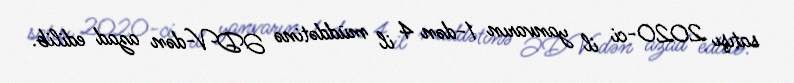
satışı 2020-ci il yanvarın 1-dən 4 il müddətinə ƏDV-dən azad edilib.